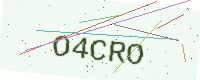
Text: O4CRO